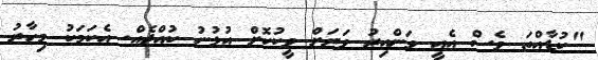
"ކުޑާއްތަ ވެސް އެއީ ވަންއިރު ވަރަށް ވީކުކޮށް އުޅުނު ކުއްޖެއް. އެކަމަކު މިހާރު